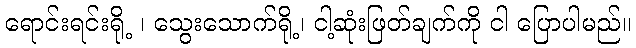
ရောင်းရင်းရို့ ၊ သွေးသောက်ရို့၊ ငါ့ဆုံးဖြတ်ချက်ကို ငါ ပြောပါမည်။